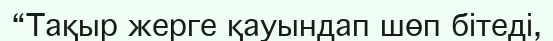
“Тақыр жерге қауындап шөп бітеді,